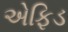
એફિડ